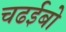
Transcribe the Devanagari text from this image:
चढईबो